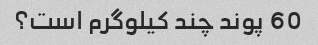
60 پوند چند کیلوگرم است؟